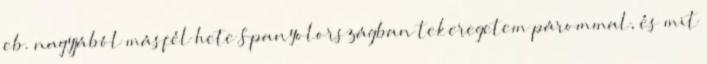
eb. nagyjából másfél hete Spanyolországban tekeregetem párommal, és mit